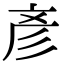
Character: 彥